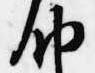
納